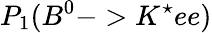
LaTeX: P_{1}(B^{0}->K^{\star}ee)